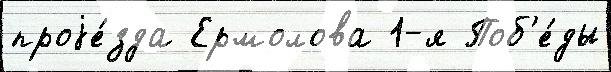
проjе́зда Ермолова 1-я Поб'е́ды